Annual report of the Bengal Veterinary College and of the Civil Veterinary Department, Bengal, for the year 1912-1913 - 1912-1913
Year: 1912
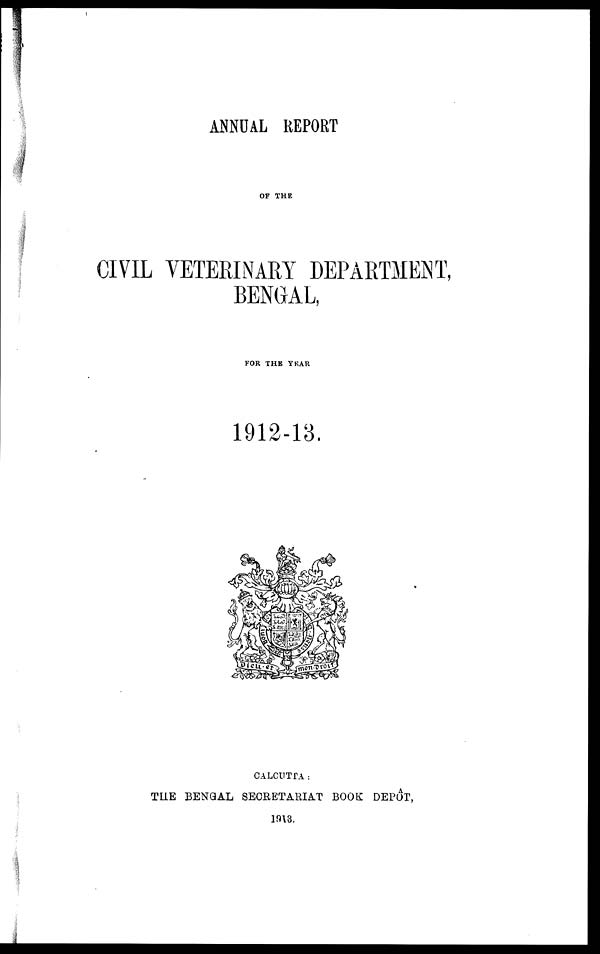
ANNUAL REPORT
OF THE
CIVIL VETERINARY DEPARTMENT,
BENGAL,
FOR THE YEAR
1912-13.
CALCUTTA:
THE BENGAL SECRETARIAT BOOK DEPÔT,
1913.